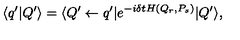
\langle q ^ { \prime } | Q ^ { \prime } \rangle = \langle Q ^ { \prime } \leftarrow q ^ { \prime } | e ^ { - i \delta t H ( Q _ { r } , P _ { s } ) } | Q ^ { \prime } \rangle ,